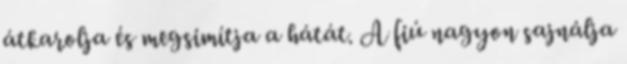
átkarolja és megsimítja a hátát. A fiú nagyon sajnálja